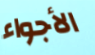
الأجواء